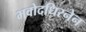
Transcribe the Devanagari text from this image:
भवोदधिरनेन